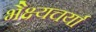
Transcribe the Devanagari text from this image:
भैक्ष्यचर्या